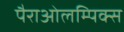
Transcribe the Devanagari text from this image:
पैराओलम्पिक्स